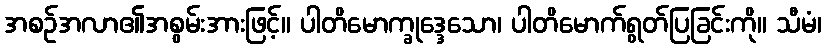
အစဉ်အလာ၏အစွမ်းအားဖြင့်။ ပါတိမောက္ခုဒ္ဒေသော၊ ပါတိမောက်ရွတ်ပြခြင်းကို။ သီမံ၊